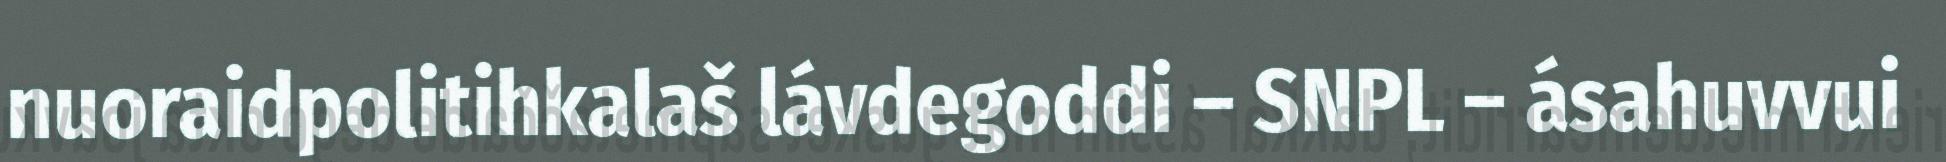
nuoraidpolitihkalaš lávdegoddi – SNPL – ásahuvvui